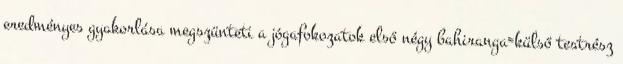
eredményes gyakorlása megszünteti a jógafokozatok első négy bahiranga=külső testrész